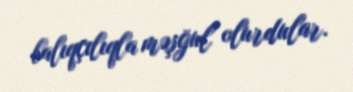
balıqçılıqla məşğul olurdular.